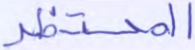
المحتظر